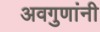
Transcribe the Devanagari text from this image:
अवगुणांनी